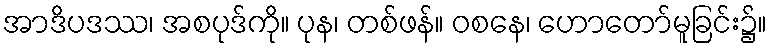
အာဒိပဒဿ၊ အစပုဒ်ကို။ ပုန၊ တစ်ဖန်။ ဝစနေ၊ ဟောတော်မူခြင်း၌။